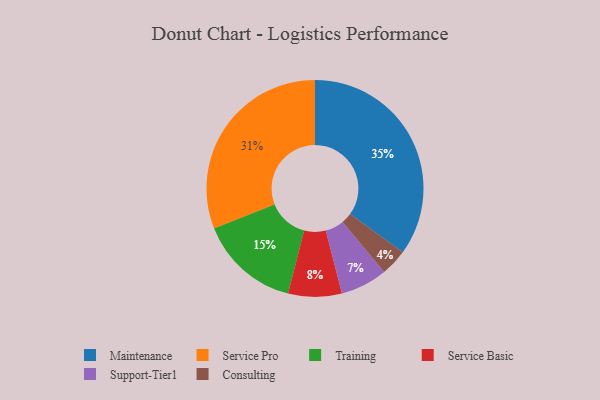
{"axis": {"x": "Category", "y": "Percentage"}, "legend": ["Consulting", "Maintenance", "Service Basic", "Service Pro", "Support-Tier1", "Training"], "data": [{"x": "Support-Tier1", "y": 7, "type": "Support-Tier1"}, {"x": "Service Basic", "y": 8, "type": "Service Basic"}, {"x": "Maintenance", "y": 35, "type": "Maintenance"}, {"x": "Training", "y": 15, "type": "Training"}, {"x": "Service Pro", "y": 31, "type": "Service Pro"}, {"x": "Consulting", "y": 4, "type": "Consulting"}]}